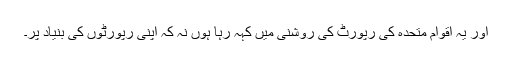
اور یہ اقوام متحده کى رپورٹ کى روشنى میں کہہ رہا ہوں نہ کہ اپنى رپورٹوں کى بنیاد پر۔